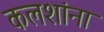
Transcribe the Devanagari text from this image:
कलशांना